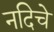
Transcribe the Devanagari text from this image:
नदिचे